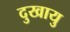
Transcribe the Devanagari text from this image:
दुखायु